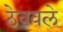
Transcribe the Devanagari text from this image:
ठेववले